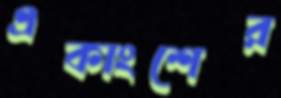
একাংশের